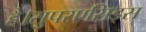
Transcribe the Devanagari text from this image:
है।सुपरएसिड्स